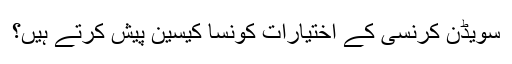
سویڈن کرنسی کے اختیارات کونسا کیسین پیش کرتے ہیں؟